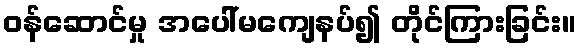
ဝန်ဆောင်မှု အပေါ်မကျေနပ်၍ တိုင်ကြားခြင်း။